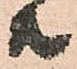
共